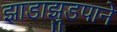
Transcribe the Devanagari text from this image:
झाडाझुडपाने